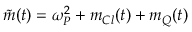
\tilde { m } ( t ) = \omega _ { P } ^ { 2 } + m _ { C l } ( t ) + m _ { Q } ( t )